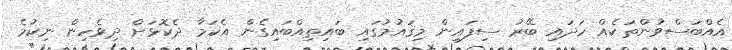
އެއްބަސްވުންތަކެއް ހަދައި ބޭރު ސިފައިން މިޤައުމުގައި ބައިތިއްބައިގެން އެކަމާ ދެކޮޅަށް ދިވެހިން ނިކުމެ